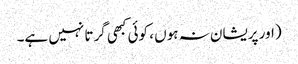
(اور پریشان نہ ہوں ، کوئی کبھی گرتا نہیں ہے۔